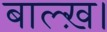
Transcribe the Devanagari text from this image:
बाल्ख़।